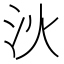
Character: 𣲧